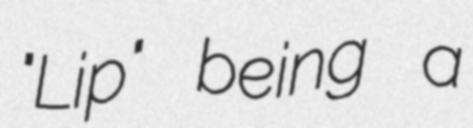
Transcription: "Lip" being a